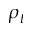
\rho _ { t }